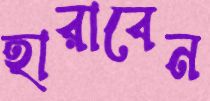
হারাবেন